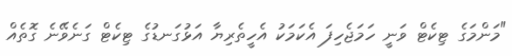
"މަންމަގެ ޓިކެޓް ވަނީ ހަމަޖެހިފަ އެކަމަކު އެހީތެރިޔާ އަޅުގަނޑުގެ ޓިކެޓް ގަނެވޭނެ ގޮތެއް